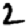
Digit: 2